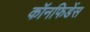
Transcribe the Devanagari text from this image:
कॉनफिडेंस